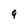
Character: 9